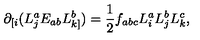
\partial _ { [ i } ( L _ { j } ^ { a } E _ { a b } L _ { k ] } ^ { b } ) = \frac { 1 } { 2 } f _ { a b c } L _ { i } ^ { a } L _ { j } ^ { b } L _ { k } ^ { c } ,